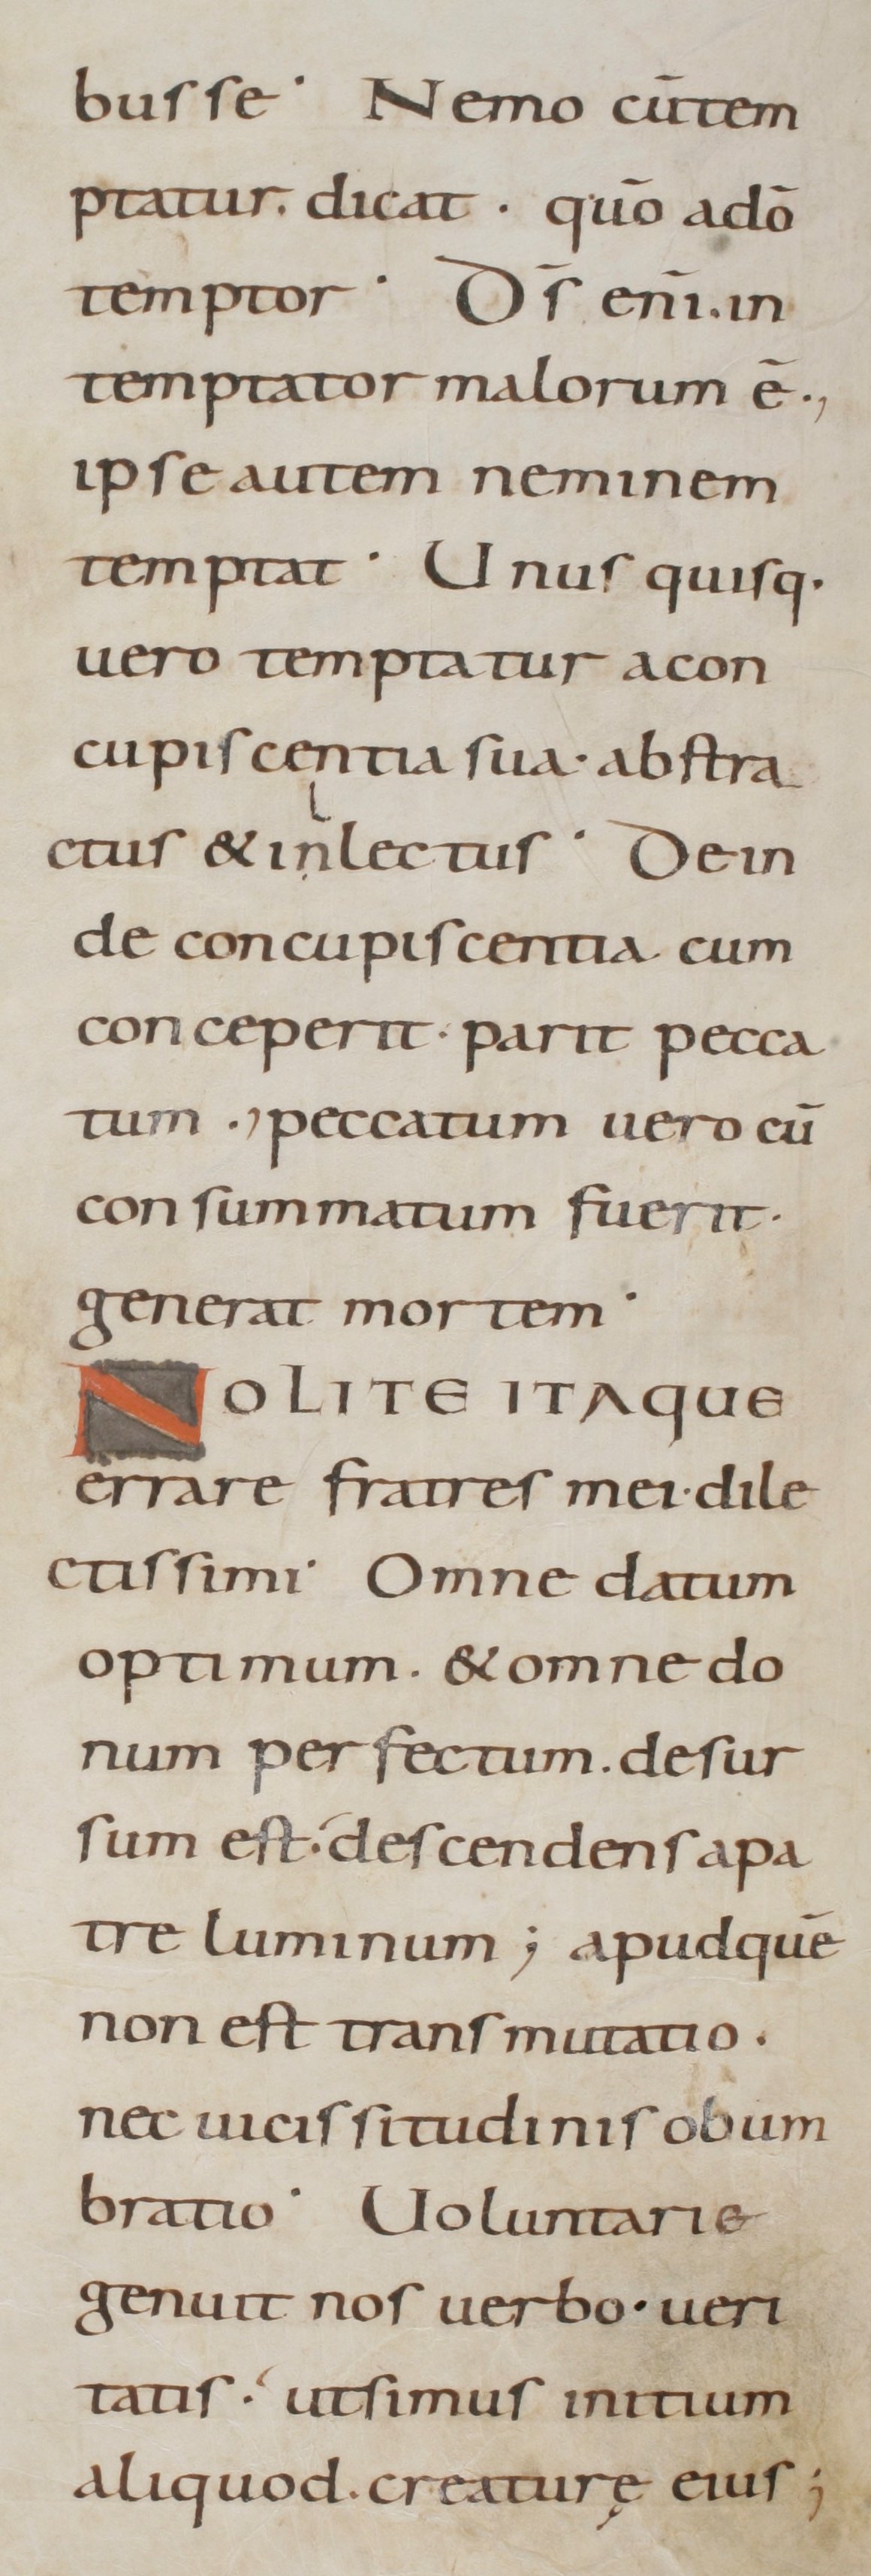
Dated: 800–899